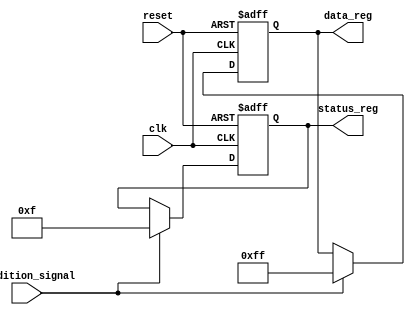
module conditional_initialization (
    input wire clk,               // Clock signal
    input wire reset,             // Reset signal (active high)
    input wire condition_signal,   // Control signal for initialization
    output reg [7:0] data_reg,     // Example register to be initialized
    output reg [3:0] status_reg     // Another example register to be initialized
);

// Initial block to set default values at the start of simulation
initial begin
    data_reg = 8'h00;           // Default initialization
    status_reg = 4'b0000;       // Default initialization
end

// Always block for conditional initialization
always @(posedge clk or posedge reset) begin
    if (reset) begin
        // Reset condition: initialize registers to known values
        data_reg <= 8'h00;       // Reset data register
        status_reg <= 4'b0000;    // Reset status register
    end else if (condition_signal) begin
        // Conditional initialization based on condition_signal
        data_reg <= 8'hFF;       // Example initialization
        status_reg <= 4'b1111;    // Example initialization
    end
end

endmodule